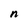
Character: n